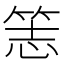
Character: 𥭡